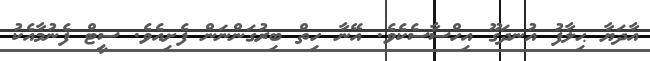
އާދަޔާ ޙިލާފު އުނދަގޫ އިހްސާސެކެވެ. އޭނާ ހިތް ބިރުގަންނަން ފެށިއެވެ. ސީޓް ފެނުމާއެކު